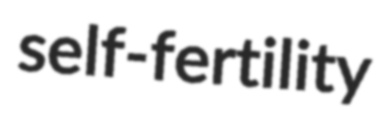
self-fertility